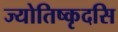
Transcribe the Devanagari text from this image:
ज्योतिष्कृदसि